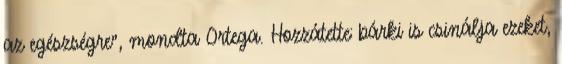
az egészségre", mondta Ortega. Hozzátette: bárki is csinálja ezeket,